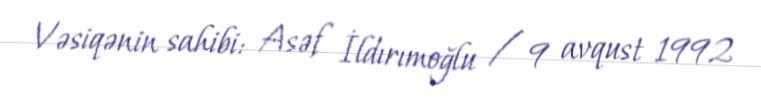
Vəsiqənin sahibi: Asəf İldırımoğlu / 9 avqust 1992